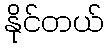
နိုင်တယ်